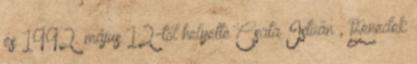
és 1992. május 12-től helyette Csata István , Benedek